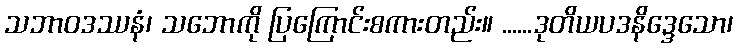
သဘာဝဒဿနံ၊ သဘောကို ပြကြောင်းစကားတည်း။ ......ဒုတိယပဒနိဒ္ဒေသော၊